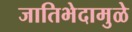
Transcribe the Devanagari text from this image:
जातिभेदामुळे